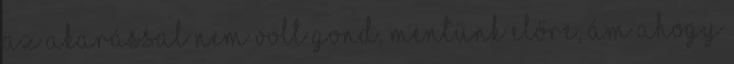
Az akarással nem volt gond, mentünk előre, ám ahogy